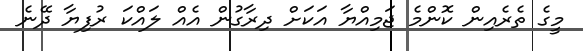
މީގެ ތެރެއިން ކޮންމެ ޖަމިއްޔާ އަކަށް ދިރާގުން އެއް ލައްކަ ރުފިޔާ ދޭނެ